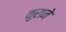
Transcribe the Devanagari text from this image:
कुराने